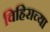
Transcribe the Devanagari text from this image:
विहिराच्या